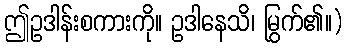
ဤဥဒါန်းစကားကို။ ဥဒါနေသိ၊ မြွက်၏။)